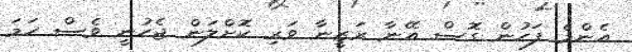
އެންމެ ފަހުން ގޮސް އޭނާ ރަޒީނާ ވަރި ކޮށްލަން ޖެހުނީ ވެސް ހަމަ